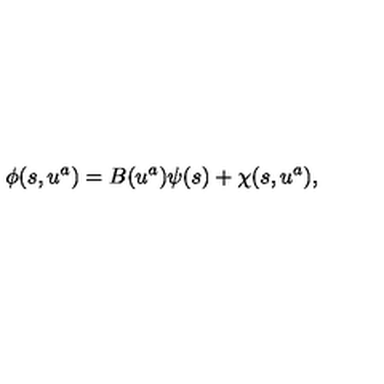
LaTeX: \phi ( s , u ^ { a } ) = B ( u ^ { a } ) \psi ( s ) + \chi ( s , u ^ { a } ) ,